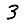
Digit: 3